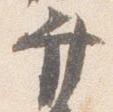
弁